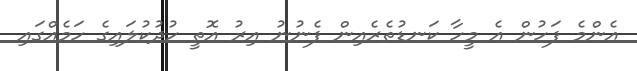
އެންމެ ފަހުން އެ މީހާ ކަނޑުތެރެއިން ފެނުނު އިރު އޮތީ ހުދުކުލައިގެ ހަމެއްގައި